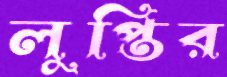
লুপ্তির